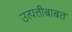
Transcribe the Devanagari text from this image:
उत्पत्तीबाबत